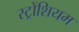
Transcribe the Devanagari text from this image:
स्ट्रोंशियम